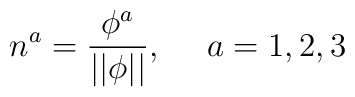
n^a=\frac{\phi ^a}{||\phi ||},\quad \ a=1,2,3